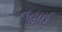
નહાઈ